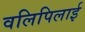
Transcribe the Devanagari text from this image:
वलिपिलाई